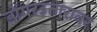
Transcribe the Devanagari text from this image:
डोंगरउतारावर